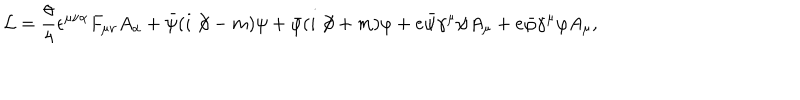
LaTeX: { \cal L } = \frac { \theta } { 4 } \epsilon ^ { \mu \nu \alpha } F _ { \mu \nu } A _ { \alpha } + \bar { \psi } ( i \not \! \partial - m ) \psi + \bar { \varphi } ( i \not \! \partial + m ) \varphi + e \bar { \psi } \gamma ^ { \mu } \psi A _ { \mu } + e \bar { \varphi } \gamma ^ { \mu } \varphi A _ { \mu } ,